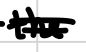
Text: the
Cross-out: mix
Writing tool: digital_black